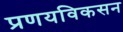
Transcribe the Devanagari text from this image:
प्रणयविकसन